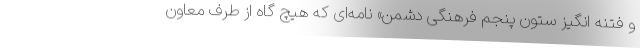
و فتنه انگیز ستون پنجم فرهنگی دشمن» نامه‌ای که هیچ گاه از طرف معاون